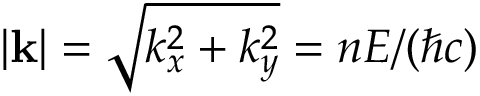
| \mathbf { k } | = \sqrt { k _ { x } ^ { 2 } + k _ { y } ^ { 2 } } = n E / ( \hbar c )